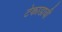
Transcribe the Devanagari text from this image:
टेकाडाची